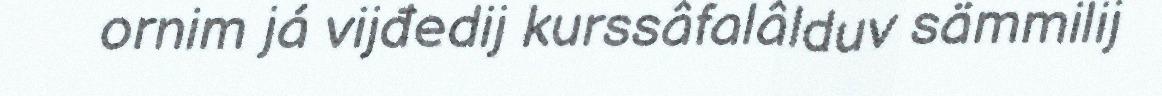
ornim já vijđedij kurssâfalâlduv sämmilij